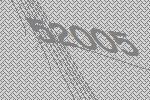
52005